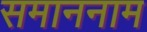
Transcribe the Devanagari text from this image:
समाननाम